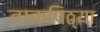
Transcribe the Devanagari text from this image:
ताकपिठ्या